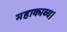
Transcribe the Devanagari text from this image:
महाकाव्य।